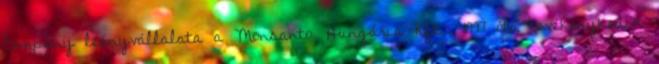
Company leányvállalata a Monsanto Hungária Kft., 1997 óta tevékenykedik